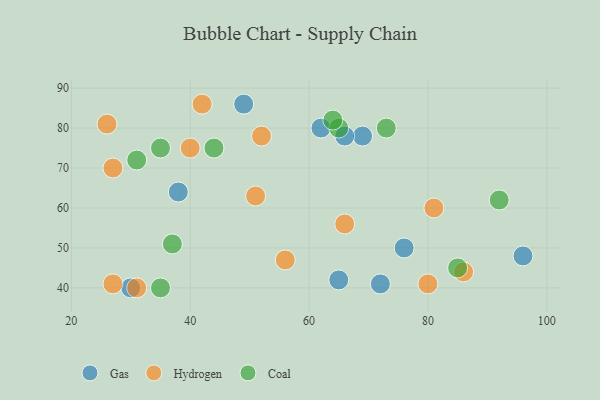
{"axis": {"x": "GDP", "y": "Life Expectancy"}, "legend": ["Coal", "Gas", "Hydrogen"], "data": [{"x": "65", "y": 42, "type": "Gas"}, {"x": "96", "y": 48, "type": "Gas"}, {"x": "72", "y": 41, "type": "Gas"}, {"x": "76", "y": 50, "type": "Gas"}, {"x": "49", "y": 86, "type": "Gas"}, {"x": "69", "y": 78, "type": "Gas"}, {"x": "30", "y": 40, "type": "Gas"}, {"x": "62", "y": 80, "type": "Gas"}, {"x": "66", "y": 78, "type": "Gas"}, {"x": "38", "y": 64, "type": "Gas"}, {"x": "40", "y": 75, "type": "Hydrogen"}, {"x": "86", "y": 44, "type": "Hydrogen"}, {"x": "26", "y": 81, "type": "Hydrogen"}, {"x": "42", "y": 86, "type": "Hydrogen"}, {"x": "80", "y": 41, "type": "Hydrogen"}, {"x": "81", "y": 60, "type": "Hydrogen"}, {"x": "27", "y": 41, "type": "Hydrogen"}, {"x": "51", "y": 63, "type": "Hydrogen"}, {"x": "56", "y": 47, "type": "Hydrogen"}, {"x": "31", "y": 40, "type": "Hydrogen"}, {"x": "27", "y": 70, "type": "Hydrogen"}, {"x": "66", "y": 56, "type": "Hydrogen"}, {"x": "52", "y": 78, "type": "Hydrogen"}, {"x": "65", "y": 80, "type": "Coal"}, {"x": "92", "y": 62, "type": "Coal"}, {"x": "64", "y": 82, "type": "Coal"}, {"x": "73", "y": 80, "type": "Coal"}, {"x": "85", "y": 45, "type": "Coal"}, {"x": "44", "y": 75, "type": "Coal"}, {"x": "35", "y": 75, "type": "Coal"}, {"x": "35", "y": 40, "type": "Coal"}, {"x": "31", "y": 72, "type": "Coal"}, {"x": "37", "y": 51, "type": "Coal"}]}